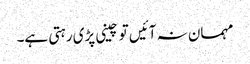
مہمان نہ آئیں تو چینی پڑی رہتی ہے۔